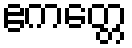
ဧကတ္တေ